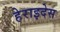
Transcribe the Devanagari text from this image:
हेराइदेस